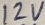
Text: 12V